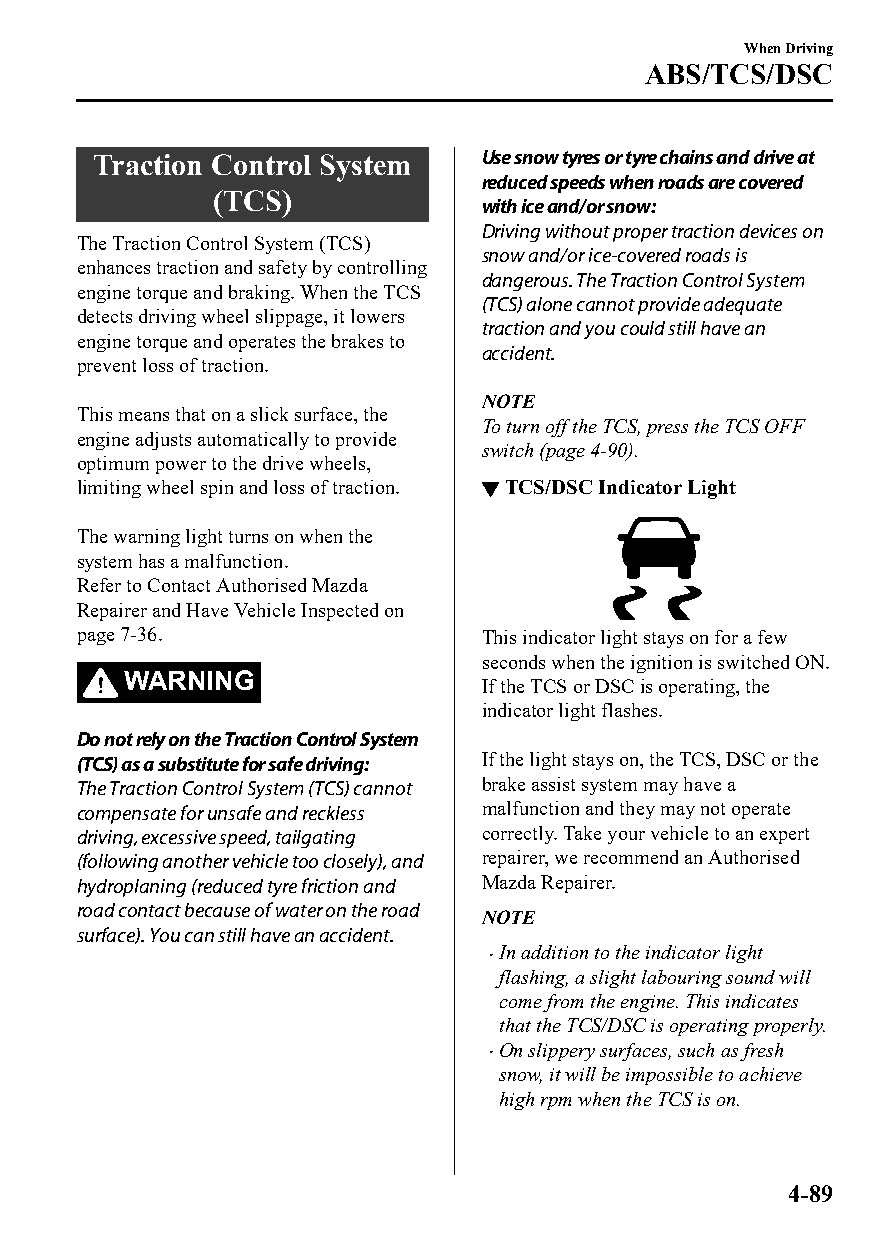
When Driving
 ABS/TCS/DSC
 Traction Control System   Use snow tyres or tyre chains and drive at
 reduced speeds when roads are covered
 (TCS)
 with ice and/or snow:
 Driving without proper traction devices on
 The Traction Control System (TCS)
 snow and/or ice-covered roads is
 enhances traction and safety by controlling
 dangerous. The Traction Control System
 engine torque and braking. When the TCS
 (TCS) alone cannot provide adequate
 detects driving wheel slippage, it lowers
 traction and you could still have an
 engine torque and operates the brakes to
 accident.
 prevent loss of traction.
 NOTE
 This means that on a slick surface, the
 To turn off the TCS, press the TCS OFF
 engine adjusts automatically to provide
 switch (page 4-90).
 optimum power to the drive wheels,
 limiting wheel spin and loss of traction. ▼TCS/DSC Indicator Light
 The warning light turns on when the
 system has a malfunction.
 Refer to Contact Authorised Mazda
 Repairer and Have Vehicle Inspected on
 page 7-36.                 This indicator light stays on for a few
 seconds when the ignition is switched ON.
 WARNING
 If the TCS or DSC is operating, the
 indicator light flashes.
 Do not rely on the Traction Control System
 (TCS) as a substitute for safe driving: If the light stays on, the TCS, DSC or the
 The Traction Control System (TCS) cannot brake assist system may have a
 compensate for unsafe and reckless malfunction and they may not operate
 driving, excessive speed, tailgating correctly. Take your vehicle to an expert
 (following another vehicle too closely), and repairer, we recommend an Authorised
 hydroplaning (reduced tyre friction and Mazda Repairer.
 road contact because of water on the road
 NOTE
 surface). You can still have an accident.
 In addition to the indicator light
 
 flashing, a slight labouring sound will
 come from the engine. This indicates
 that the TCS/DSC is operating properly.
 On slippery surfaces, such as fresh
 
 snow, it will be impossible to achieve
 high rpm when the TCS is on.
 4-89
 CX-3_8GT4-EE-18D_Edition4                  2018-9-6 18:32:19